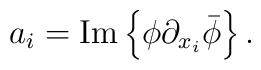
a_i= {\rm{Im}} \left\{ \phi \partial_{x_i}\bar\phi \right\}.